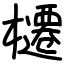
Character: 櫏